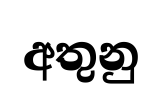
අතුනු